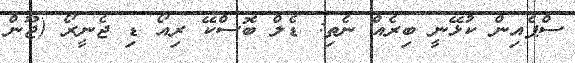
ސްޕެއިން ކުޅޭނީ ބިރެއް ނެތި: ޑެލް ބޮސްކޭ ރިއޯ ޑި ޖެނީރޯ (ޖޫން